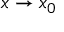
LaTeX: x \to x _ { 0 }